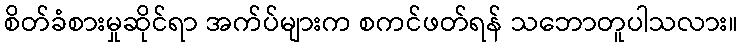
စိတ်ခံစားမှုဆိုင်ရာ အက်ပ်များက စကင်ဖတ်ရန် သဘောတူပါသလား။